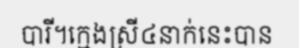
បារី។ក្មេងស្រី៤នាក់នេះបាន